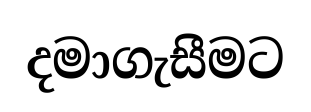
දමාගැසීමට